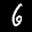
Label: 6